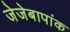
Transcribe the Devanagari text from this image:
जेजेबापांक